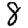
Digit: 8